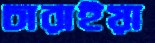
চারাইয়া